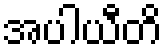
အပါယီတိ